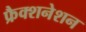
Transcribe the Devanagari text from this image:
फ्रैक्शनेशन